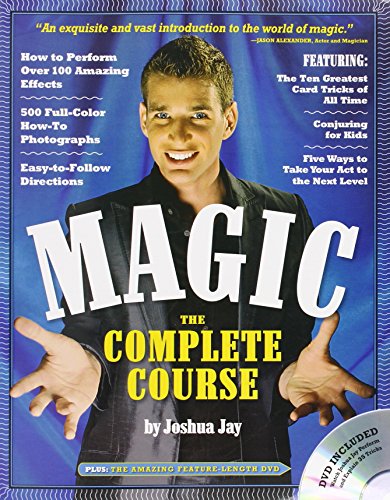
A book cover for Magic: The Complete Course; Joshua Jay; Humor & Entertainment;